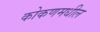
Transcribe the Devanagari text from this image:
कोकणमधील